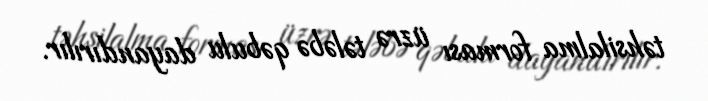
təhsilalma forması üzrə tələbə qəbulu dayandırılır.